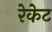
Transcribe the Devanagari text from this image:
रेकेट